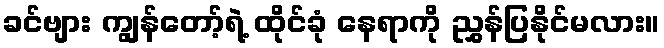
ခင်ဗျား ကျွန်တော့်ရဲ့ ထိုင်ခုံ နေရာကို ညွှန်ပြနိုင်မလား။